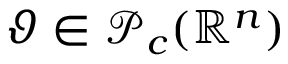
\vartheta \in \mathcal P _ { c } ( \mathbb { R } ^ { n } )